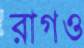
রাগও